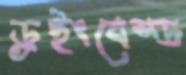
ড্রইংবেস্ড